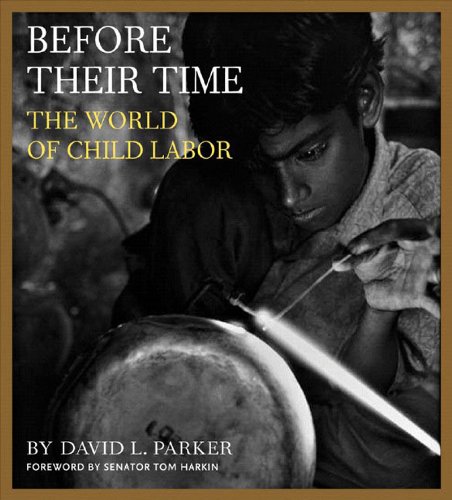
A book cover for Before Their Time: The World of Child Labor; David Parker; Arts & Photography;